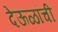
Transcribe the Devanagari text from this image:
देऊळांची